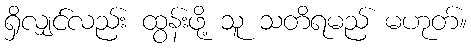
ရှိလျှင်လည်း ထွန်းဖို့ သူ သတိရမည် မဟုတ်။